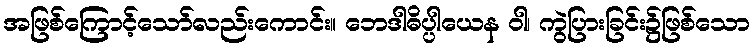
အဖြစ်ကြောင့်သော်လည်းကောင်း။ ဘေဒါဓိပ္ပါယေန ဝါ၊ ကွဲပြားခြင်း၌ဖြစ်သော